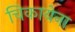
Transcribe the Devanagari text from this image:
चिकायेना